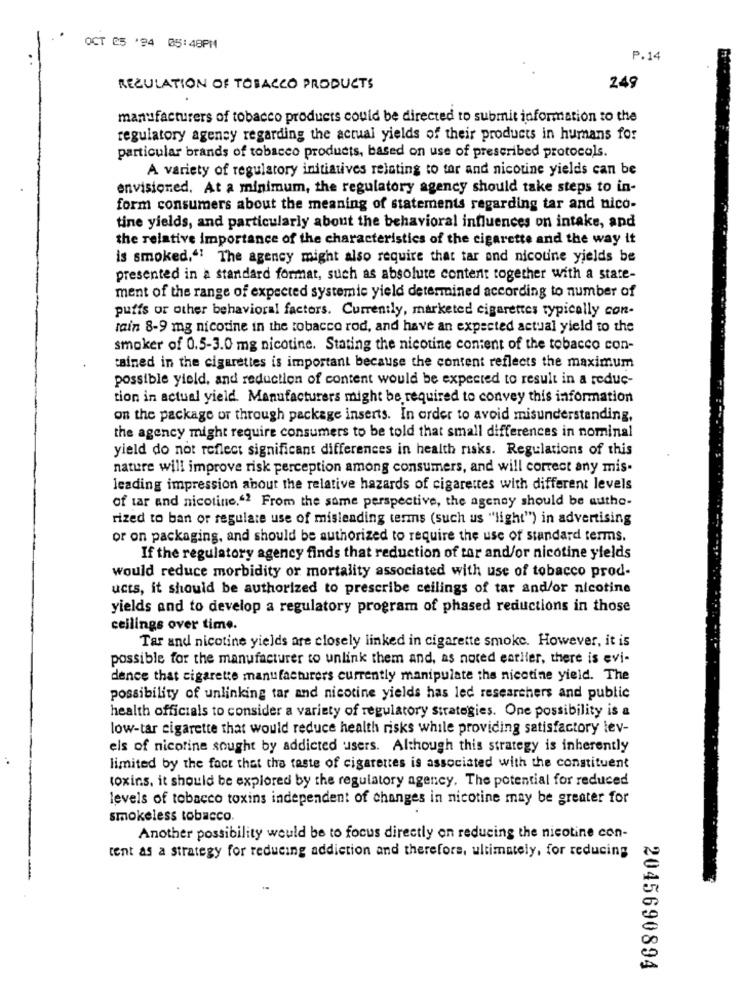
OCT 25 '94 05:48PM
P.14
REGULATION OF TOBACCO PRODUCTS
249
manufacturers of tobacco products could be directed to submit information to the
regulatory agency regarding the actual yields of their products in humans for
particular brands of tobacco products, based on use of prescribed protocols.
A variety of regulatory initiatives relating to tor and nicotine yields can be
envisioned. At a minimum, the regulatory agency should take steps to in-
form consumers about the meaning of statements regarding tar and nico-
tine yields, and particularly about the behavioral influences on intake, and
the relative importance of the characteristics of the cigarette and the way it
is smoked," The agency might also require that tar and nicotine yields be
presented in a standard format, such as absolute content together with a state-
ment of the range of expected systemie yield determined according to number of
puffs or other behavioral factors. Currently, marketed cigarettes typically con-
rain 8-9 mg nicotine in the tobacco rod, and have an expected actual yield to the
smoker of 0.5-3.0 mg nicotine. Stating the nicotine content of the tobacco con-
tained in the cigarettes is important because the content reflects the maximum
possible yield, and reduction of content would be expected to result in a reduc-
tion in actual yield. Manufacturers might be required to convey this information
on the package or through package inserts. In order to avoid misunderstanding,
the agency might require consumers to be told that small differences in nominal
yield do not reflect significant differences in health risks. Regulations of this
nature will improve risk perception among consumers, and will correct any mis-
leading impression about the relative hazards of cigarettes with different levels
of tar and nicotine."? From the same perspective, the agency should be authe-
rized to ban or regulate use of misleading terms (such us "light") in advertising
or on packaging, and should be authorized to require the use of standard terms.
If the regulatory agency finds that reduction of tor and/or nicotine yields
would reduce morbidity or mortality associated with use of tobacco prod-
ucts, it should be authorized to prescribe ceilings of tar and/or nicotine
yields and to develop a regulatory program of phased reductions in those
ceilings over time.
Tar and nicotine yields are closely linked in cigarette smoke. However, it is
possible for the manufacturer to unlink them and, as noted earlier, there is evi-
dence that cigarette manufacturers currently manipulate the nicotine yield. The
possibility of unlinking tar and nicotine yields has led researchers and public
health officials to consider a variety of regulatory strategies. One possibility is a
low-tar cigarette that would reduce health risks while providing satisfactory lev-
els of nicotine sought by addicted users. Although this strategy is inherently
limited by the fact that tha taste of cigarettes is associated with the constituent
toxins, it should be explored by the regulatory agency. The potential for reduced
levels of tobacco toxins independent of changes in nicotine may be greater for
smokeless tobacco.
Another possibility would be to focus directly on reducing the nicotine con-
cent as a strategy for reducing addiction and therefore, ultimately, for reducing
2045690894